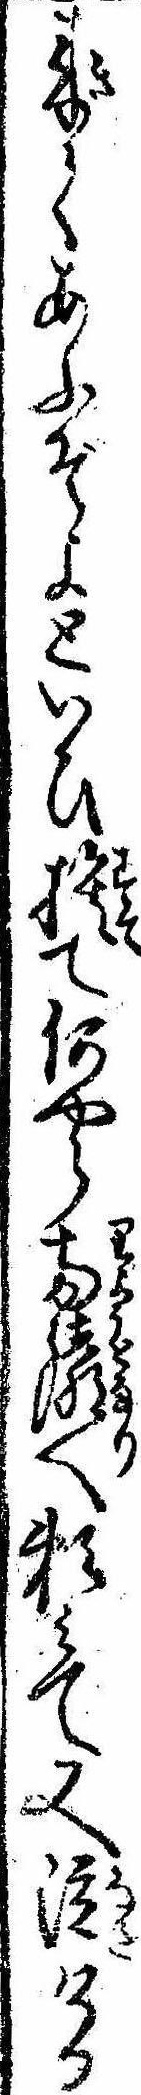
来てあふぞよといひ捨て何やら両隣へ頼みて又泣ける